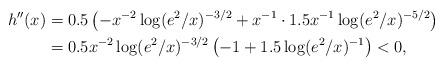
LaTeX: \begin{align*}h''(x)&= 0.5 \left(-x^{-2} \log(e^2/x)^{-3/2} + x^{-1}\cdot 1.5x^{-1} \log(e^2/x)^{-5/2} \right) \\&= 0.5x^{-2} \log(e^2/x)^{-3/2} \left(-1 + 1.5 \log(e^2/x)^{-1}\right) < 0,\end{align*}